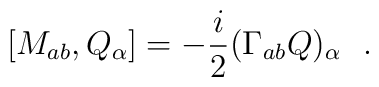
[M_{ab}, Q_{\alpha}]= -\frac{i}{2} (\Gamma_{ab}Q)_\alpha~~.